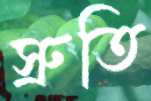
স্রুতি